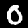
Digit: 0